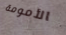
الأمومة